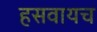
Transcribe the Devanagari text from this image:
हसवायच